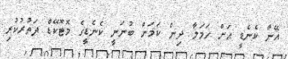
އޭނާ ކެނެޑީ އަށް ހަމަލާ ދިން ކަމަށް ބުނަނީ ކެނެޑީގެ މޮޓޮކޭޑް ދަތުރުކުރި